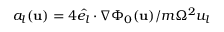
a _ { l } ( \mathbf { u } ) = 4 \hat { e _ { l } } \cdot \nabla \Phi _ { 0 } ( \mathbf { u } ) / m \Omega ^ { 2 } u _ { l }